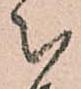
被